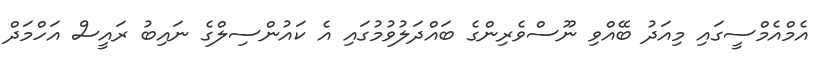
އެމްއެމްސީގައި މިއަދު ބޭއްވި ނޫސްވެރިންގެ ބައްދަލުވުމުގައި އެ ކައުންސިލްގެ ނައިބު ރައީސް އަހްމަދް